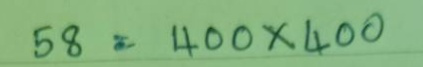
58 = 400 x 400